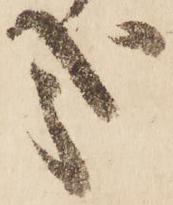
哉